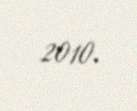
2010.